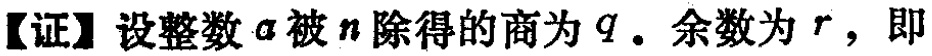
【证】设整数\(a\)被\(n\)除得的商为\(q\). 余数为\(r\)，即